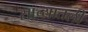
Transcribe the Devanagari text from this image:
साच्यातली